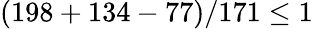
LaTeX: (198+134-77)/171\leq 1